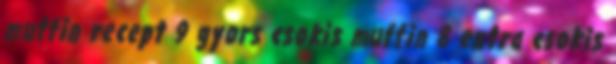
muffin recept 9 gyors csokis muffin 8 extra csokis